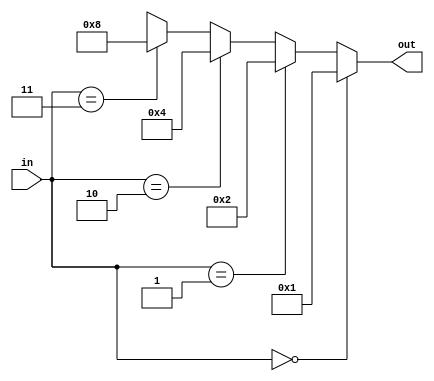
module two_four_decoder (output [3:0] out, input [1:0] in);

   parameter temp = 4'b0001;

assign out = (in == 4'b00) ? temp   :
             (in == 4'b01) ? temp<<1:
             (in == 4'b10) ? temp<<2:
             (in == 4'b11) ? temp<<3:
					4'bxxxx;

endmodule